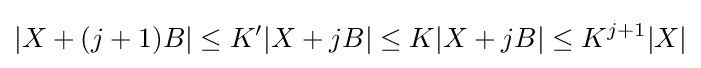
|X+(j+1)B|\leq K'|X+jB|\leq K|X+jB|\leq K^{j+1}|X|